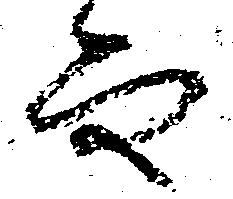
而